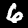
Label: 6